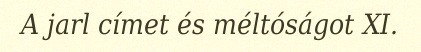
A jarl címet és méltóságot XI.